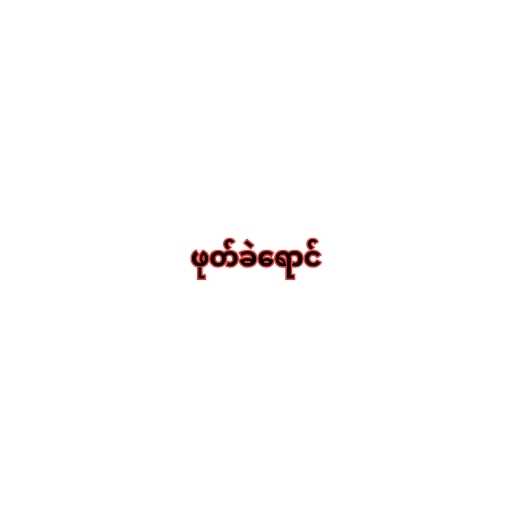
ဖုတ်ခဲရောင်